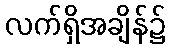
လက်ရှိအချိန်၌